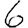
Digit: 6